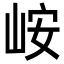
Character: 峖